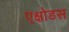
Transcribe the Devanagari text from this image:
एक्षोडस